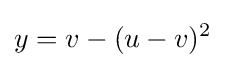
y=v-(u-v)^{2}